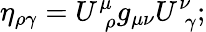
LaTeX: \eta_{\rho\gamma}=U_{\, \, \rho}^{\mu}g_{\mu\nu}U_{\, \, \gamma}^{\nu};